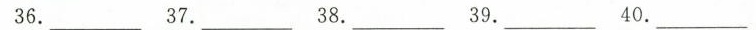
36.____ 37.____38.___39.____40.______